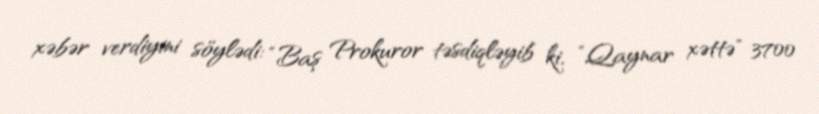
xəbər verdiyini söylədi: “Baş Prokuror təsdiqləyib ki, ”Qaynar xəttə" 3700